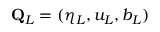
\mathbf { Q } _ { L } = ( \eta _ { L } , u _ { L } , b _ { L } )